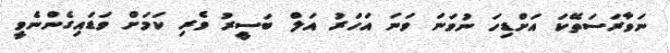
ނަވާރަސަތޭކަ އަށްޑިހަ ނުވަނަ ވަނަ އަހަރު އަލް ބަސީރު ވެރި ކަމަށް ވަޑައިގެންނެވީ